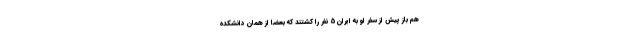
هم باز پیش از سفر او به ایران 5 نفر را کشتند که بعضا از همان دانشکده